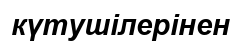
күтушілерінен